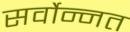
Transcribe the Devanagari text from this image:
सर्वोन्नत